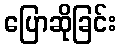
ပြောဆိုခြင်း